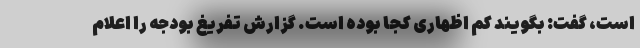
است، گفت: بگویند کم اظهاری کجا بوده است. گزارش تفریغ بودجه را اعلام